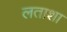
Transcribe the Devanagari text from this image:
लताशा